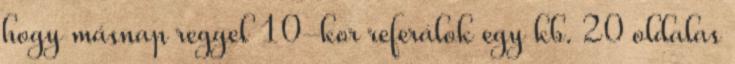
hogy másnap reggel 10-kor referálok egy kb. 20 oldalas